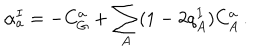
\alpha _ { a } ^ { I } = - C _ { G } ^ { a } + \sum _ { A } ( 1 - 2 q _ { A } ^ { I } ) C _ { A } ^ { a } \, .